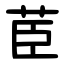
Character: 茞